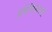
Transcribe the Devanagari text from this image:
प्रविष्टिसारणी